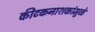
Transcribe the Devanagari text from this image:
कीटकनाशकांमुळे